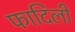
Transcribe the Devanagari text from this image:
फादिली